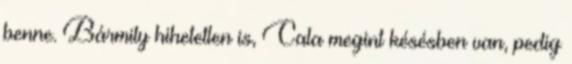
benne. Bármily hihetetlen is, Cala megint késésben van, pedig